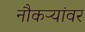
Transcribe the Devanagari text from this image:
नौकऱ्यांवर